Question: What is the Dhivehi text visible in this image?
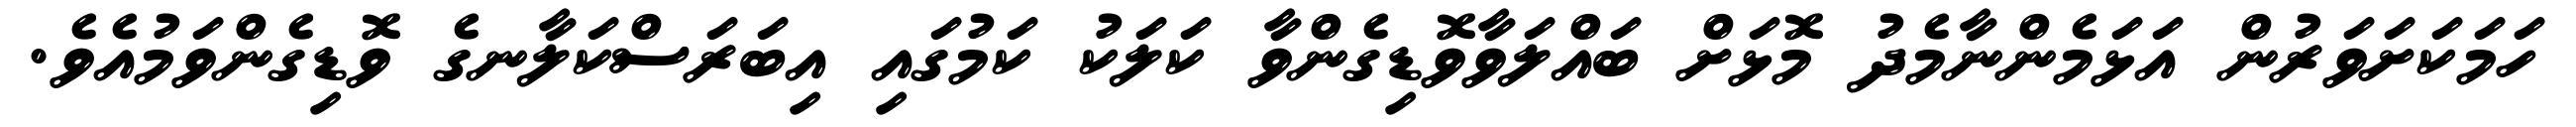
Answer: ހަމަކަށަވަރުން އަޅަމެންނާމެދު މޮޅަށް ބައްލަވާވޮޑިގެންވާ ކަލަކު ކަމުގައި އިބަރަސްކަލާނގެ ވޮޑިގެންވަމުއެވެ.